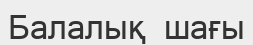
Балалық  шағы